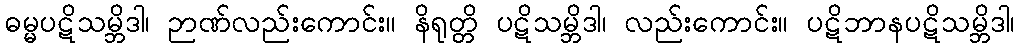
ဓမ္မပဋိသမ္ဘိဒါ၊ ဉာဏ်လည်းကောင်း။ နိရုတ္တိ ပဋိသမ္ဘိဒါ၊ လည်းကောင်း။ ပဋိဘာနပဋိသမ္ဘိဒါ၊